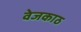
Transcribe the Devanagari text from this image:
वेजकाठ